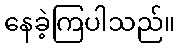
နေခဲ့ကြပါသည်။